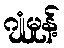
ဂျုံမှုန့်